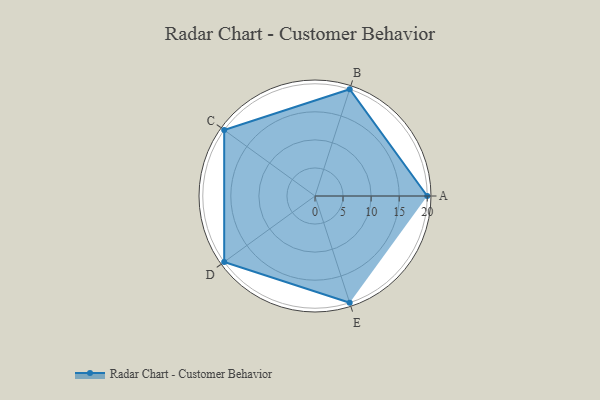
{"axis": {"x": "Skill", "y": "Score"}, "legend": ["Profile"], "data": [{"x": "A", "y": 20.0, "type": "Profile"}, {"x": "B", "y": 20, "type": "Profile"}, {"x": "C", "y": 20, "type": "Profile"}, {"x": "D", "y": 20, "type": "Profile"}, {"x": "E", "y": 20, "type": "Profile"}]}